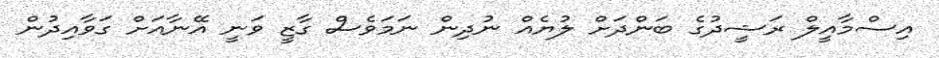
އިސްމާއީލް ރަޝީދުގެ ބަންދަށް ލުޔެއް ނުދިން ނަމަވެސް ގާޒީ ވަނީ އޭނާއަށް ގަވާއިދުން